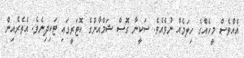
އެއްވެސް މީހެއްގެ ހިލަމެއް ނުވެއެވެ. ސަކީނާ ގޮސް ޝަމްއާންގެ ކޮޓަރީގައި ޓަކިދިނެވެ. އެތެރެއިން